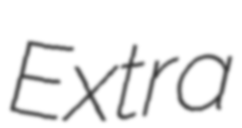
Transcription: Extra